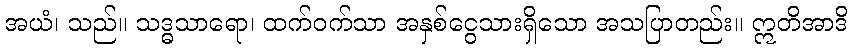
အယံ၊ သည်။ သဒ္ဓသာရော၊ ထက်ဝက်သာ အနှစ်ငွေသားရှိသော အသပြာတည်း။ ဣတိအာဒိ